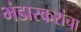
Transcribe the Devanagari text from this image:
भंडारकरांचा